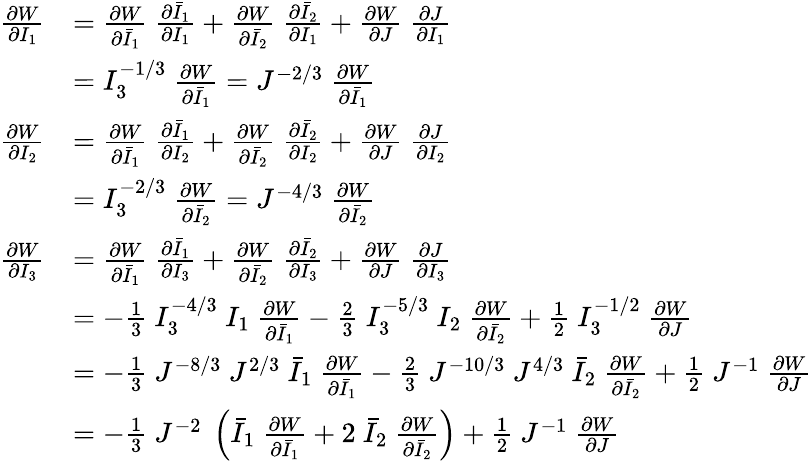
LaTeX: {\begin{array}{rl}{{\frac{\partial W}{\partial I_{1}}}}&{={\frac{\partial W}{\partial{\bar{I}}_{1}}}~{\frac{\partial{\bar{I}}_{1}}{\partial I_{1}}}+{\frac{\partial W}{\partial{\bar{I}}_{2}}}~{\frac{\partial{\bar{I}}_{2}}{\partial I_{1}}}+{\frac{\partial W}{\partial J}}~{\frac{\partial J}{\partial I_{1}}}}\\ &{=I_{3}^{-1/3}~{\frac{\partial W}{\partial{\bar{I}}_{1}}}=J^{-2/3}~{\frac{\partial W}{\partial{\bar{I}}_{1}}}}\\ {{\frac{\partial W}{\partial I_{2}}}}&{={\frac{\partial W}{\partial{\bar{I}}_{1}}}~{\frac{\partial{\bar{I}}_{1}}{\partial I_{2}}}+{\frac{\partial W}{\partial{\bar{I}}_{2}}}~{\frac{\partial{\bar{I}}_{2}}{\partial I_{2}}}+{\frac{\partial W}{\partial J}}~{\frac{\partial J}{\partial I_{2}}}}\\ &{=I_{3}^{-2/3}~{\frac{\partial W}{\partial{\bar{I}}_{2}}}=J^{-4/3}~{\frac{\partial W}{\partial{\bar{I}}_{2}}}}\\ {{\frac{\partial W}{\partial I_{3}}}}&{={\frac{\partial W}{\partial{\bar{I}}_{1}}}~{\frac{\partial{\bar{I}}_{1}}{\partial I_{3}}}+{\frac{\partial W}{\partial{\bar{I}}_{2}}}~{\frac{\partial{\bar{I}}_{2}}{\partial I_{3}}}+{\frac{\partial W}{\partial J}}~{\frac{\partial J}{\partial I_{3}}}}\\ &{=-{\frac{1}{3}}~I_{3}^{-4/3}~I_{1}~{\frac{\partial W}{\partial{\bar{I}}_{1}}}-{\frac{2}{3}}~I_{3}^{-5/3}~I_{2}~{\frac{\partial W}{\partial{\bar{I}}_{2}}}+{\frac{1}{2}}~I_{3}^{-1/2}~{\frac{\partial W}{\partial J}}}\\ &{=-{\frac{1}{3}}~J^{-8/3}~J^{2/3}~{\bar{I}}_{1}~{\frac{\partial W}{\partial{\bar{I}}_{1}}}-{\frac{2}{3}}~J^{-10/3}~J^{4/3}~{\bar{I}}_{2}~{\frac{\partial W}{\partial{\bar{I}}_{2}}}+{\frac{1}{2}}~J^{-1}~{\frac{\partial W}{\partial J}}}\\ &{=-{\frac{1}{3}}~J^{-2}~\left({\bar{I}}_{1}~{\frac{\partial W}{\partial{\bar{I}}_{1}}}+2~{\bar{I}}_{2}~{\frac{\partial W}{\partial{\bar{I}}_{2}}}\right)+{\frac{1}{2}}~J^{-1}~{\frac{\partial W}{\partial J}}}\end{array}}